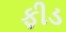
ફીડ